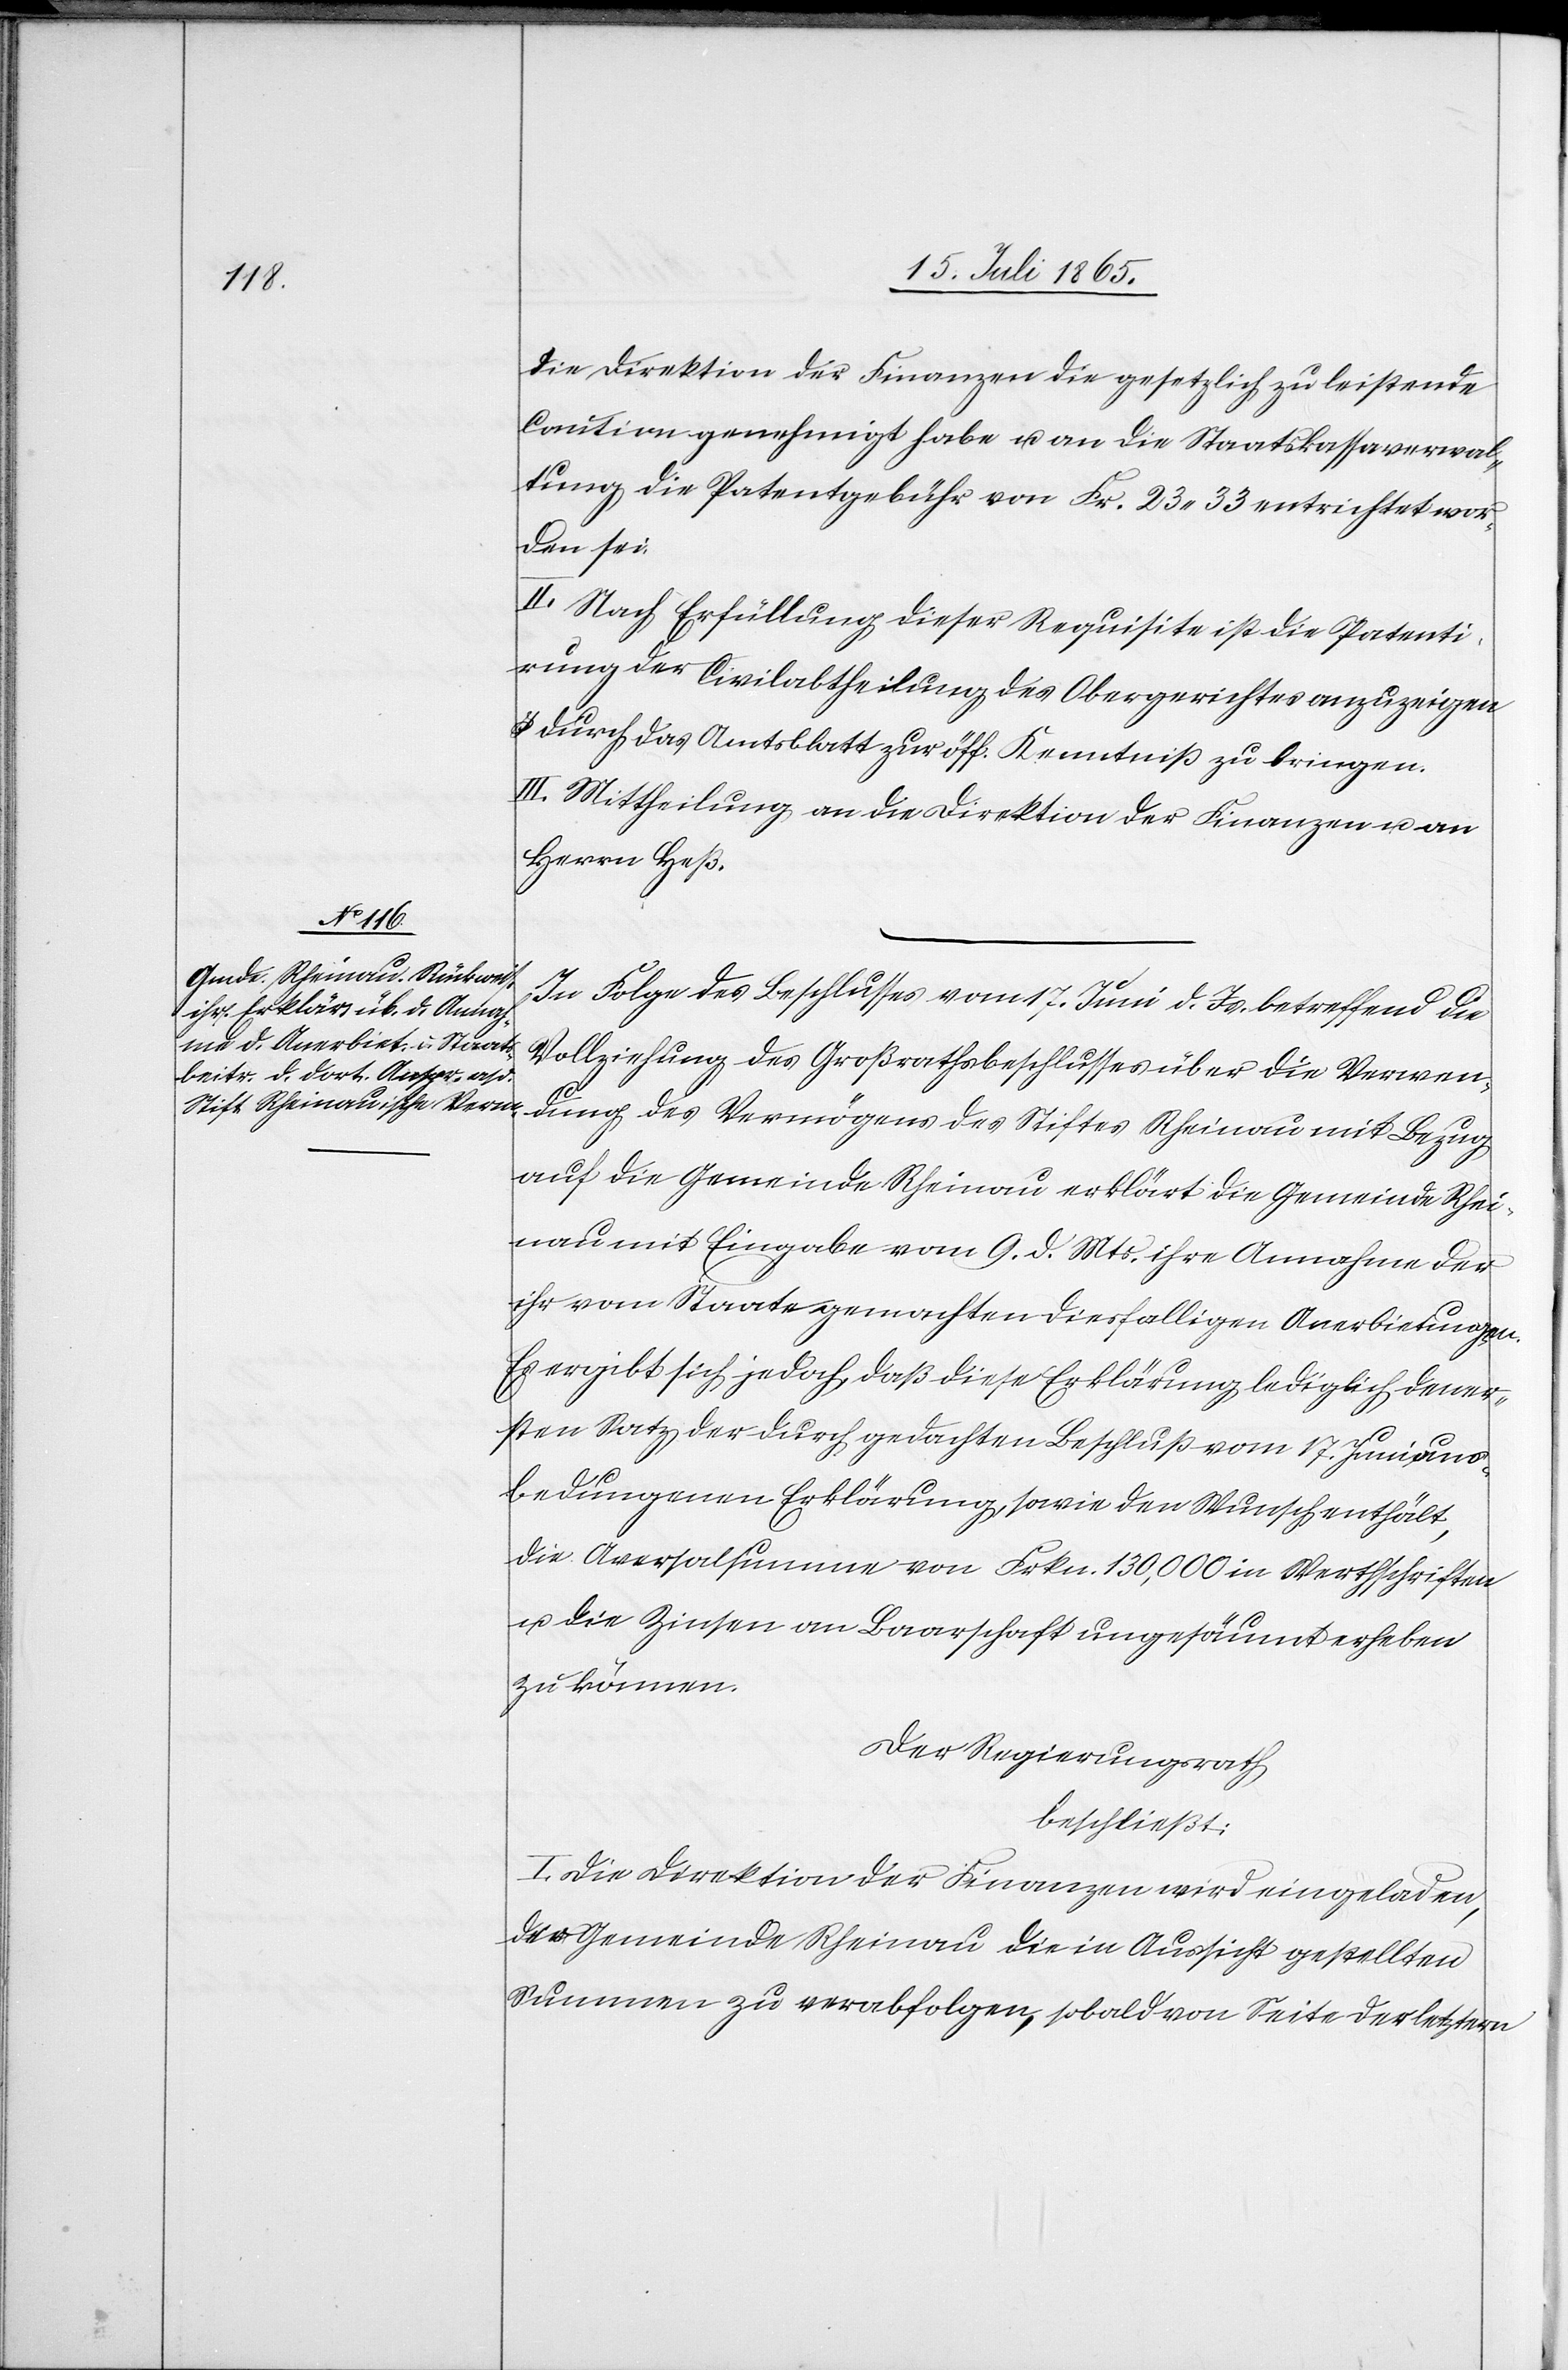
die Direktion der Finanzen die gesetzlich zu leistende
Caution genehmigt habe u. an die Staatskassaverwal¬
tung die Patentgebühr von Fr. 23.33 entrichtet wor¬
den sei.
II. Nach Erfüllung dieser Requisite ist die Patenti¬
rung der Civilabtheilung des Obergerichtes anzuzeigen
u. durch das Amtsblatt zur öff. Kenntniß zu bringen.
III. Mittheilung an die Direktion der Finanzen u. an
Herrn Heß.
In Folge des Beschlusses vom 17. Juni d. Js. betreffend die
Vollziehung des Großrathsbeschlusses über die Verwen¬
dung des Vermögens des Stiftes Rheinau mit Bezug
auf die Gemeinde Rheinau erklärt die Gemeinde Rhei¬
nau mit Eingabe vom 9. d. Mts. ihre Annahme der
ihr vom Staate gemachten diesfalligen Anerbietungen.
Es ergibt sich jedoch, daß diese Erklärung lediglich den er¬
sten Satz der durch gedachten Beschluß vom 17. Juni aus¬
bedungenen Erklärung, sowie den Wunsch enthält,
die Aversalsumme von Frkn. 130,000 in Werthschriften
u. die Zinsen an Baarschaft ungesäumt erheben
zu können.
Der Regierungsrath
beschließt:
I. Die Direktion der Finanzen wird eingeladen,
der Gemeinde Rheinau die in Aussicht gestellten
Summen zu verabfolgen, sobald von Seite der letztern